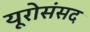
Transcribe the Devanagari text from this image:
यूरोसंसद